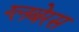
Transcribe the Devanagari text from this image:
ग्लबेरस